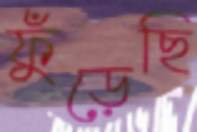
ফুঁড়েছি